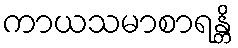
ကာယသမာစာရန္တိ